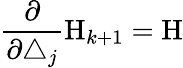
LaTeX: \frac\partial{\partial\triangle_{j}}\mathrm{H}_{k+1}=\mathrm{H}